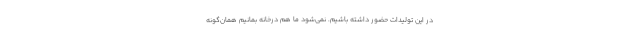
در این تولیدات حضور داشته باشیم. نمی‌شود ما هم درخانه بمانیم همان‌گونه